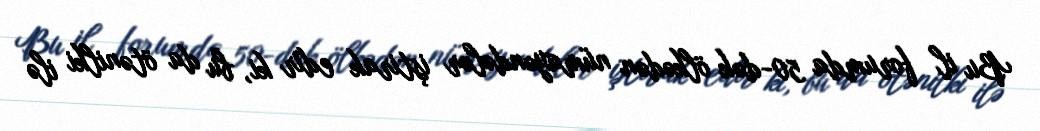
Bu il forumda 50-dək ölkədən nümayəndələr iştirak edir ki, bu da ötənilki ilə